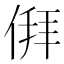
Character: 𬾳